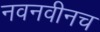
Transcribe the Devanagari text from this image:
नवनवीनच